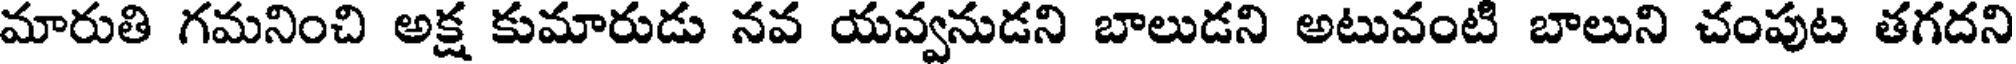
మారుతి గమనించి అక్ష కుమారుడు నవ యవ్వనుడని బాలుడని అటువంటి బాలుని చంపుట తగదని